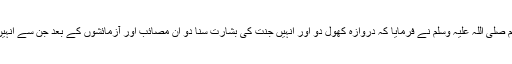
ان کے لیے بھی حضور اکرم صلی اللہ علیہ وسلم نے فرمایا کہ دروازہ کھول دو اور انہیں جنت کی بشارت سنا دو ان مصائب اور آزمائشوں کے بعد جن سے انہیں (دنیا میں) واسطہ پڑے گا۔